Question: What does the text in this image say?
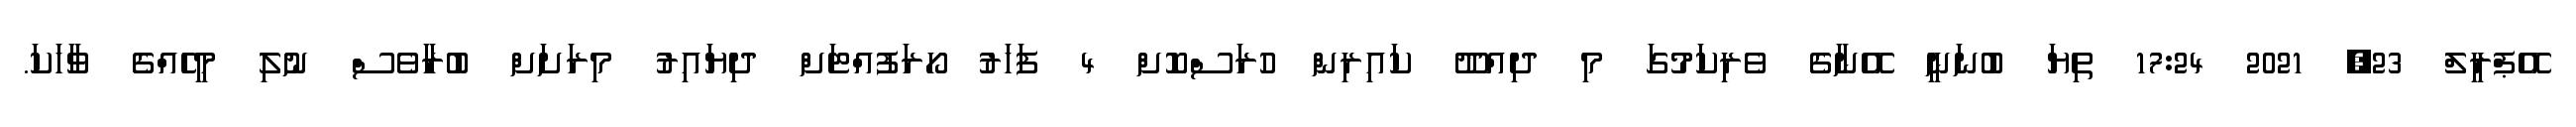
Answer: އޭޕްރީލް 23, 2021 17:24 ތިޔަ ބުނަނީ އޭނާގެ ވެރިކަމުގަ މި ދިއްދޫ ކައިރިން ހުރަސްކޮށް 4 ފަހަރު ހޯރަފުއްޓަށް ދިޔައިރު މިރަށަށް ބުރާވެސް ނުލި މީހެއްގެ ވާހަކަ.